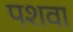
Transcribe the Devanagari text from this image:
पशवा